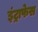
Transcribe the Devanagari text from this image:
इंट्राफेस